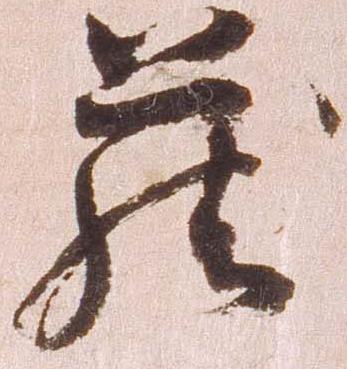
蔵